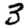
Digit: 3